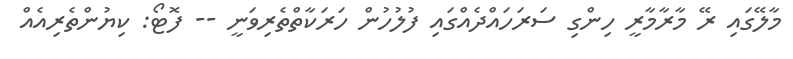
މާލޭގައި ރޭ މާރާމާރީ ހިންގި ސަރަހައްދެއްގައި ފުލުހުން ހަރަކާތްތެރިވަނީ -- ފޮޓޯ: ކިޔުންތެރިއެއް